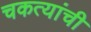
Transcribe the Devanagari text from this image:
चकत्यांची